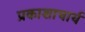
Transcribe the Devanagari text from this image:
प्रकाशाचार्य